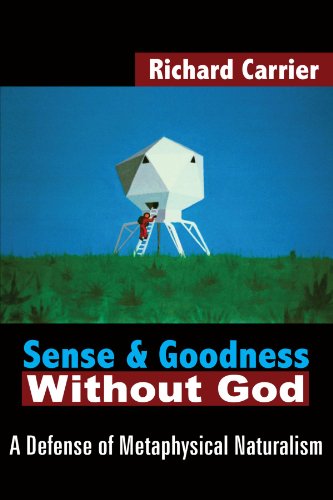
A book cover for Sense and Goodness Without God: A Defense of Metaphysical Naturalism; Richard Carrier; Religion & Spirituality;